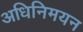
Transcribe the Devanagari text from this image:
अधिनिमयन